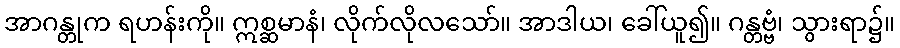
အာဂန္တုက ရဟန်းကို။ ဣစ္ဆမာနံ၊ လိုက်လိုလသော်။ အာဒါယ၊ ခေါ်ယူ၍။ ဂန္တဗ္ဗံ၊ သွားရာ၌။